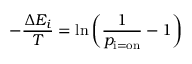
- { \frac { \Delta E _ { i } } { T } } = \ln \left( { \frac { 1 } { p _ { \mathrm { i = o n } } } } - 1 \right)